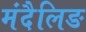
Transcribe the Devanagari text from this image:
मंदैलिङ